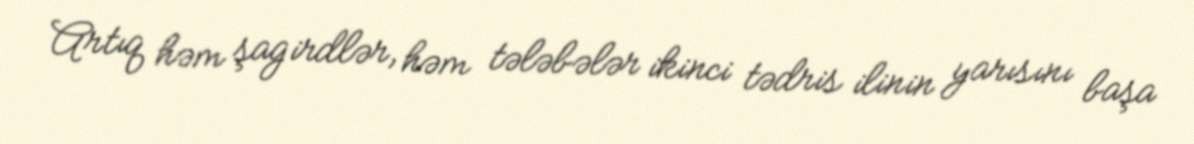
Artıq həm şagirdlər, həm tələbələr ikinci tədris ilinin yarısını başa